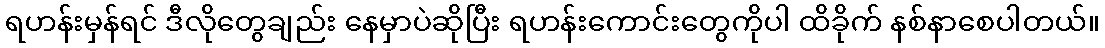
ရဟန်းမှန်ရင် ဒီလိုတွေချည်း နေမှာပဲဆိုပြီး ရဟန်းကောင်းတွေကိုပါ ထိခိုက် နစ်နာစေပါတယ်။